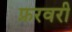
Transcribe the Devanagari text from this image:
फ्ररवरी